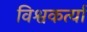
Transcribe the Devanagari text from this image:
विश्वकर्त्या